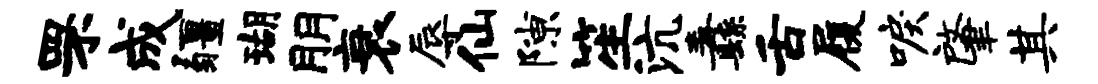
罘成疆瑚朋衰辱仙隙笙沆纛舌履唳肇其